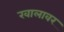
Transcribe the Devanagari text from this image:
खालावर